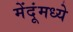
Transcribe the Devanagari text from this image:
मेंदूंमध्ये